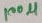
Text: 100µ